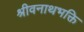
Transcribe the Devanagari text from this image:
श्रीवनाथभक्ति